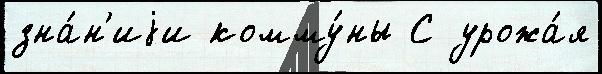
зна́н'иjи комму́ны С урожа́я